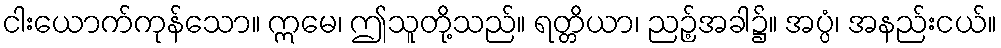
ငါးယောက်ကုန်သော။ ဣမေ၊ ဤသူတို့သည်။ ရတ္တိယာ၊ ညဉ့်အခါ၌။ အပ္ပံ၊ အနည်းငယ်။